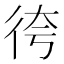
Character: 𢓢